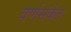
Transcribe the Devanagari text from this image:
वर्णसंकेत